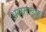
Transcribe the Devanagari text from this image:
अलताइक